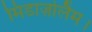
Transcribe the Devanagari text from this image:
मिडाज़ोलैम।